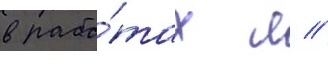
в рабо́тах л //